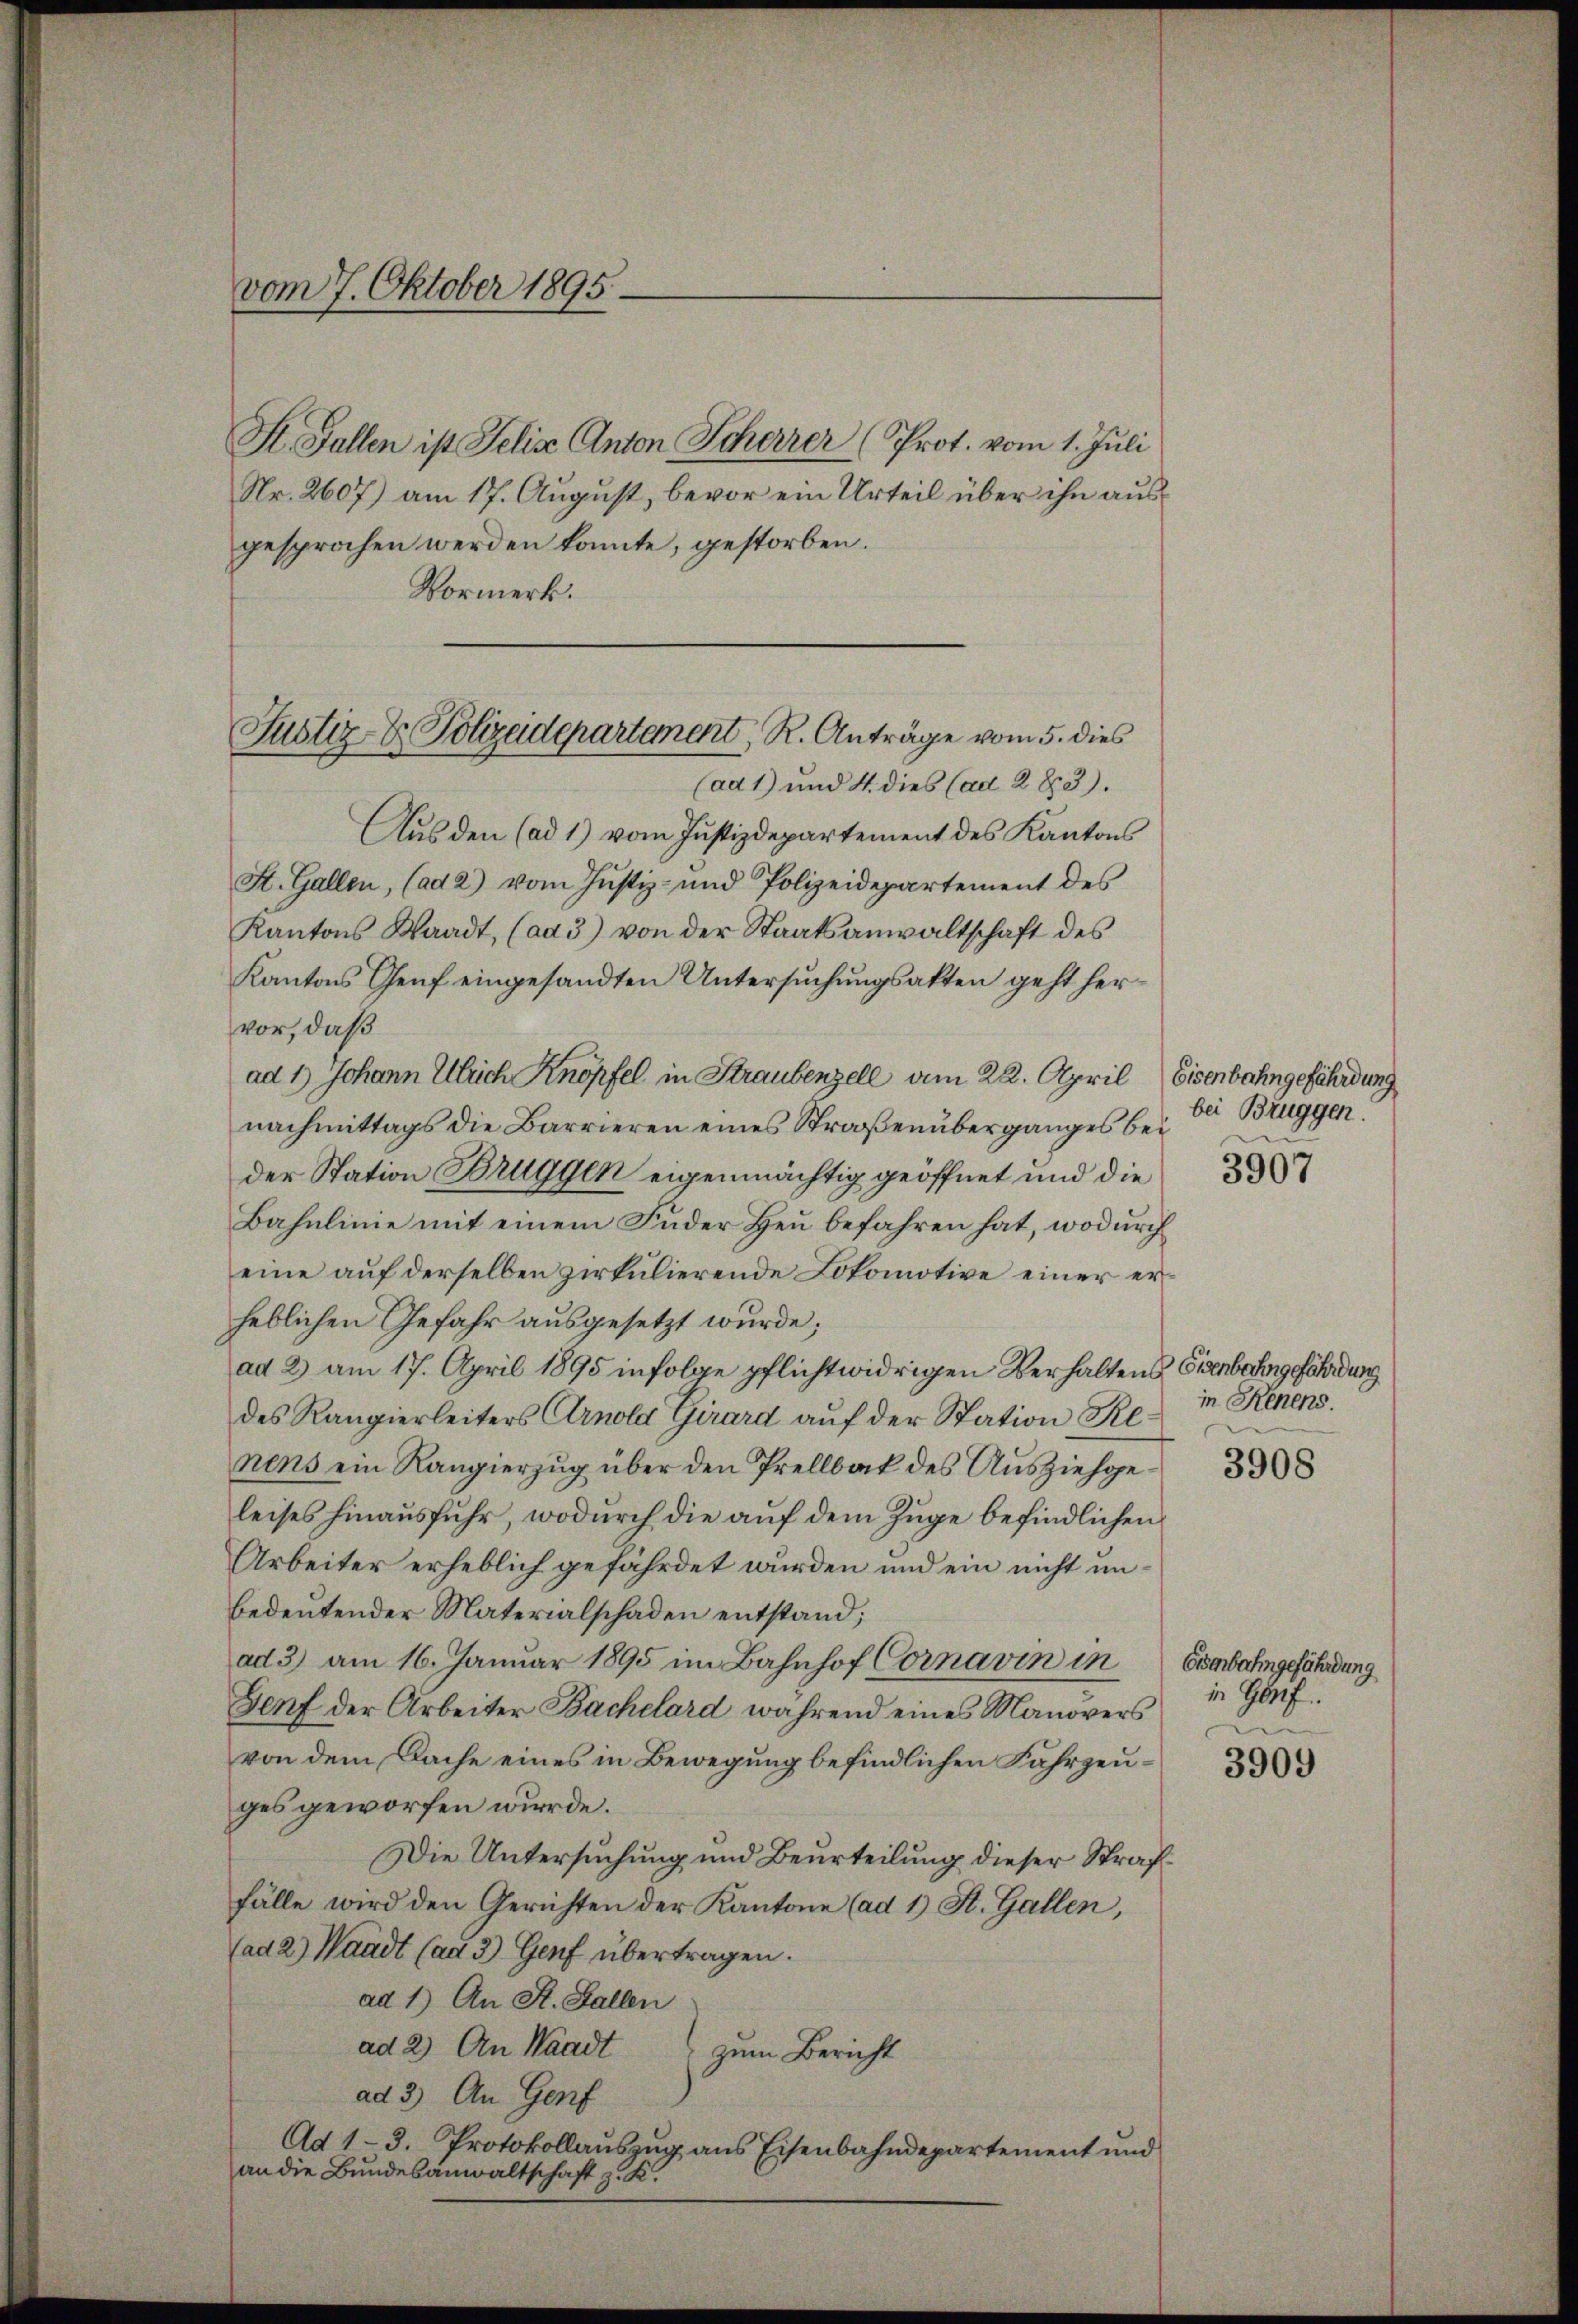
vom 7. Oktober 1895.

St. Gallen ist Jelis Anton Scharrer (Prot. vom 1. Juli
Nr. 2607) am 17. August, bevor ein Urteil über ihn ausgesprochen werden konnte, gestorben.
Aus den (ad 1) vom Justizdepartement des Kantons
St. Gallen, (ad 2) vom Justiz- und Polizeidepartement des
Kantons Waadt, (ad 3) von der Staatsanwaltschaft des
Kantons Genf eingesandten Untersuchungsakten geht hervor, daß
ad 1.) Johann Ulrich Knöpfel in Straubenzell am 22. April Eisenbahngefährdung
nachmittags die Barrieren eines Straßenüberganges bei
der Station Bruggen eigenmächtig geöffnet und die
Bahnlinie mit einem Fuder Heu befahren hat, wodurch
eine auf derselben zirkulierende Lokomotive einer erheblichen Gefahr ausgesetzt wurde;
ad 2) am 17. April 1895 infolge pflichtwidrigen Verhaltens Eisenbahngefährdung
des Rangierleiters Arnold Girard auf der Station Renens ein Rangierzug über den Prellback des Ausziehgeleises hinausfuhr, wodurch die auf dem Zuge befindlichen
Arbeiter erheblich gefährdet wurden und ein nicht unbedeutender Materialschaden entstand;
ad 3) am 16. Januar 1895 im Bahnhof Cornavin in Eisenbahngefährdung
Genf der Arbeiter Bachelard während eines Manövers
von dem Dache eines in Bewegung befindlichen Fahrzeuges geworfen wurde.
Die Untersuchung und Beurteilung dieser Straffälle wird den Gerichten der Kantone (ad 1) St. Gallen,
(ad 2.) Waadt (ad 3) Genf übertragen.
ad 1.) An St. Gallen
ad 2) An Waadt zum Bericht
ad 3) An Genf
Ad 1-3. Protokollauszug aus Eisenbahndepartement und
an die Bundesanwaltschaft z. K.

Vormerk.
Justiz & Polizeidepartement, R. Anträge vom 5. dies
(ad 1) und 4. dies (ad 283).

bei Bruggen.

3907

in Renens.

3908

in Genf.

3909